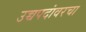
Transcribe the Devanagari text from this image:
उच्चपदांवरचा